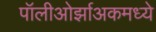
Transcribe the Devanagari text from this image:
पॉलीओर्झाअकमध्ये